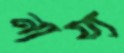
নায্য